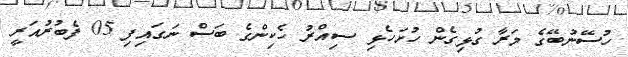
ހުސޭނުބޭގެ މަރާ ގުޅިގެން ހުށަހެޅި ސިއްރު ހެކިންގެ ބަސް ނަގައިފި 05 ފެބުރުއަރީ